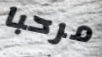
مرحبا